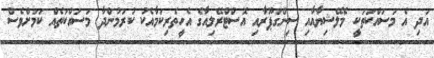
އަދި އެ މަސައްކަތަކީ މެލޭޝިޔާއާއި ސިންގަޕޫރާއި އޮސްޓްރޭލިއާގެ އެހީތެރިކަމާއެކު ކުރަމުންދާ މަސައްކަތެެއް ކަމަށްވެސް